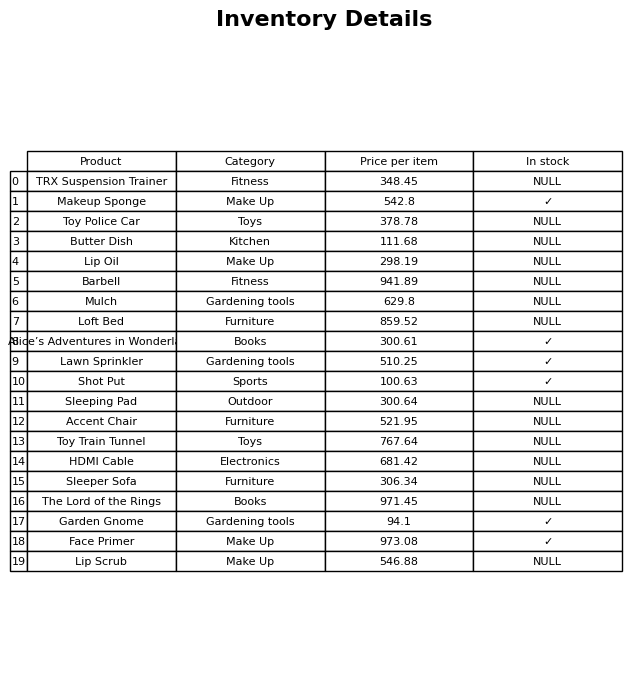
question: What is the price of the Shot Put?
answer: The price of Shot Put is 100.63.